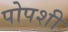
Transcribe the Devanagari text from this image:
पोपशी